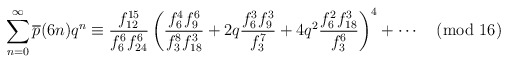
\begin{align*}\sum_{n=0}^\infty \overline{p}(6n)q^n \equiv \frac{f_{12}^{15}}{f_6^6 f_{24}^6} \left( \frac{f_6^4 f_9^6}{f_3^8f_{18}^3} + 2q\frac{f_6^3f_9^3}{f_3^7}+4q^2\frac{f_6^2f_{18}^3}{f_3^6} \right)^4 + \cdots \pmod{16}\end{align*}